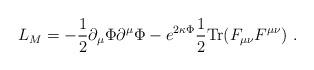
LaTeX: \begin{align*}L_M=-\frac{1}{2}\partial_\mu \Phi \partial^\mu \Phi -e^{2 \kappa \Phi }\frac{1}{2} {\rm Tr} (F_{\mu\nu} F^{\mu\nu})\ .\end{align*}